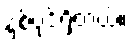
နှစ်ပုဒ်ရှိတယ်။